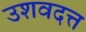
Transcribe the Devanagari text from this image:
उशवदत्त